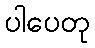
ပါပေတု